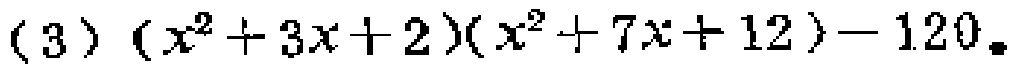
(3) \((x^{2}+3x + 2)(x^{2}+7x + 12)-120\)